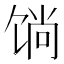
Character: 𲋧